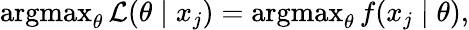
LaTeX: \operatorname{argmax}_{\theta}{\mathcal{L}}(\theta\mid x_{j})=\operatorname{argmax}_{\theta}f(x_{j}\mid\theta),